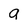
Character: a